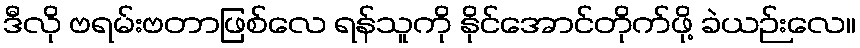
ဒီလို ဗရမ်းဗတာဖြစ်လေ ရန်သူကို နိုင်အောင်တိုက်ဖို့ ခဲယဉ်းလေ။